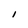
Character: I